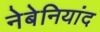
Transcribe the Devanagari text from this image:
नेबेनियांद